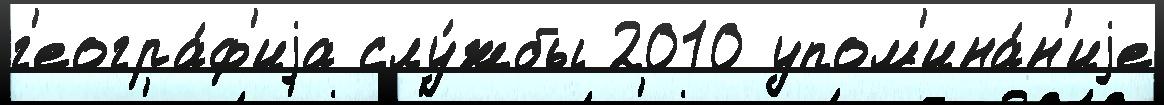
г'еогра́ф'иjа слу́жбы 2010 упом'ина́н'иjе